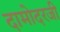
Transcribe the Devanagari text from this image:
दामोदरजी